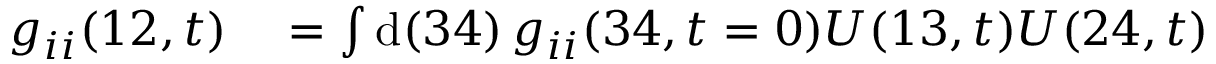
\begin{array} { r l } { g _ { i i } ( 1 2 , t ) } & { { } = \int \mathrm { d } ( 3 4 ) \, g _ { i i } ( 3 4 , t = 0 ) U ( 1 3 , t ) U ( 2 4 , t ) } \end{array}